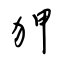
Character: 狎